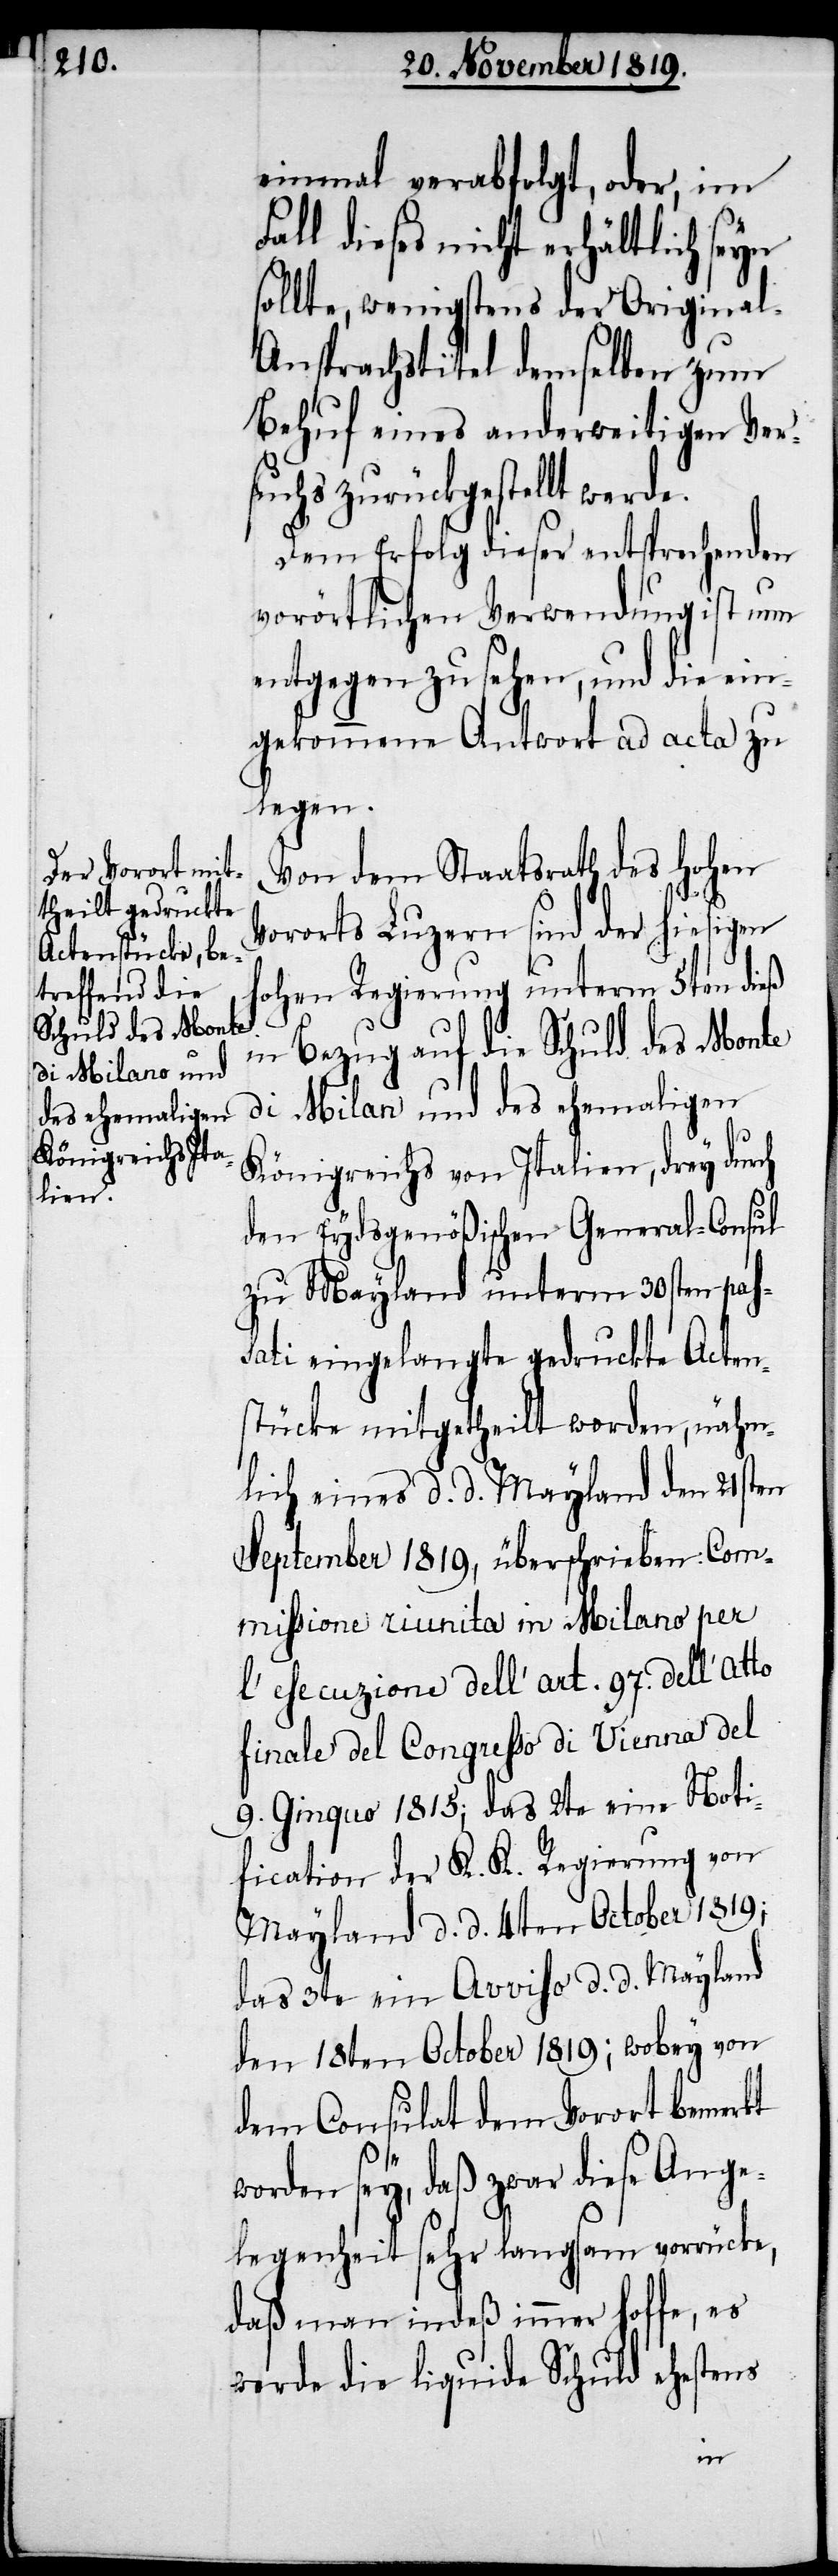
di Milan[o] und
des ehemaligen

einmal verabfolgt, oder, im
dieses nicht erhältlich seyn
sollte, wenigstens der Origina¬
l-Ansprachstitel demselben zum
Behuf eines anderweitigen Ver¬
suchs zurückgestellt
Dem Erfolg dieser entsprechenden
vorörtlichen Verwendung ist nun
entgegen zu sehen, und die ein¬
gekommene Antwort ad acta zu
legen.
Von dem Staatsrath des hohen
Vororts Luzern sind der hiesigen
hohen Regierung unterm 5ten dieß
in Bezug auf die Schuld des Monte
Königreichs von Italien, drey durch
den Eydsgenößischen General-Consul
zu Mayland unterm 30sten pas¬
sati eingelangte gedruckte Acten¬
stücke mitgetheilt worden, nähm¬
lich eines d. d. Mayland den 21sten
September 1819, überschrieben: Com¬
missione riunita in Milano per
l’esecuzione dell’ art. 97. dell’ atto
finale del Conpresso di Vienna del
9. Ginquo 1815; das 2te eine Noti¬
fication der K. K. Regierung von
Mayland d. d. 4ten October 1819;
das 3te ein Avviso d. d. Mayland
den 18ten October 1819; wobey von
dem Consulat dem Vorort bemerkt
worden sey, daß zwar diese Ange¬
legenheit sehr langsam vorrücke,
daß man indeß immer hoffe, es
werde die liquide Schuld ehestens